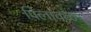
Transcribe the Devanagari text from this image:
पिलावळ